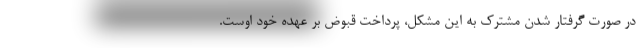
در صورت گرفتار شدن مشترک به این مشکل، پرداخت قبوض بر عهده‌ خود اوست.